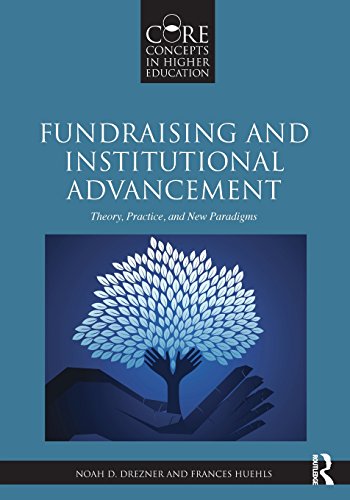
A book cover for Fundraising and Institutional Advancement: Theory, Practice, and New Paradigms (Core Concepts in Higher Education); Noah D. Drezner; Education & Teaching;